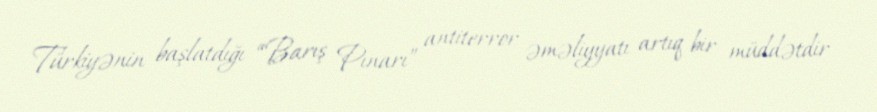
Türkiyənin başlatdığı “Barış Pınarı” antiterror əməliyyatı artıq bir müddətdir